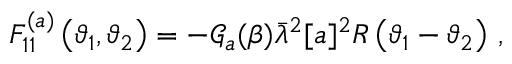
F _ { 1 1 } ^ { ( a ) } \left( \vartheta _ { 1 } , \vartheta _ { 2 } \right) = - \mathcal { G } _ { a } ( \beta ) \bar { \lambda } ^ { 2 } [ a ] ^ { 2 } R \left( \vartheta _ { 1 } - \vartheta _ { 2 } \right) \, ,